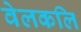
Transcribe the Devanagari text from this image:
वेलकलि